画像に写った文字を読んでください
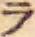
「ラ」と書いてあります